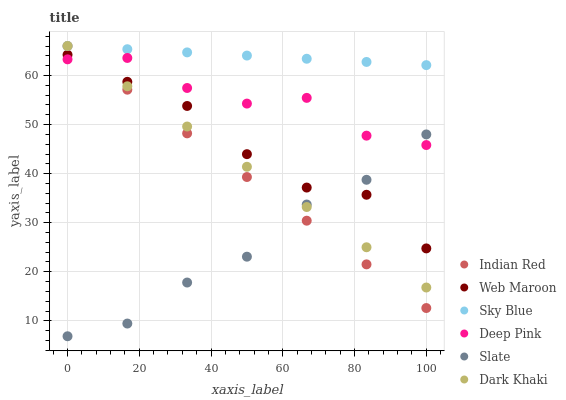
| xaxis_label | Indian Red | Web Maroon | Sky Blue | Deep Pink | Slate | Dark Khaki |
 | --- | --- | --- | --- | --- | --- | --- |
 | 0 | 66 | 64.2 | 66 | 63.3 | 6.87 | 66 |
 | 16.7 | 57.1 | 58.7 | 65.4 | 63.6 | 9.46 | 57.8 |
 | 33.3 | 48.2 | 53.8 | 64.7 | 57.4 | 17.8 | 49.6 |
 | 50 | 39.3 | 44 | 64.1 | 54.3 | 23.1 | 41.4 |
 | 66.7 | 30.4 | 37.2 | 63.4 | 55.4 | 33.7 | 33.2 |
 | 83.3 | 21.5 | 35.7 | 62.8 | 47.7 | 38.7 | 25 |
 | 100 | 12.6 | 24.8 | 62.1 | 45.8 | 48 | 16.8 |